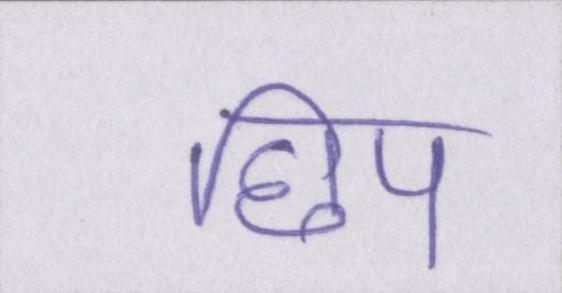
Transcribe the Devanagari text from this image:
छिप